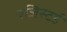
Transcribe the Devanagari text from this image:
रजिस्‍टर्ड